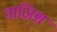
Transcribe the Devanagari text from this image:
नाज़िश